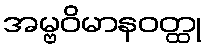
အမ္ဗဝိမာနဝတ္ထု